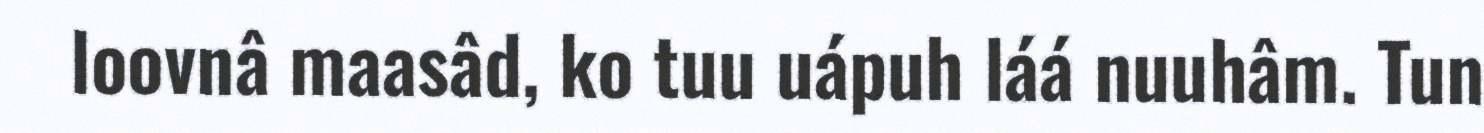
loovnâ maasâd, ko tuu uápuh láá nuuhâm. Tun